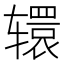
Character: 𮝹